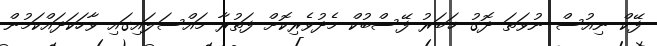
ފޭކް ނިއުސް ނުވަތަ ދޮގު ޚަބަރު ފޭސްބުކް މެދުވެރިކޮށް ފަތުރާ މައްސަލައިގައި ވާހަކަދައްކަމުން